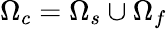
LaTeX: \Omega_{c}=\Omega_{s}\cup\Omega_{f}